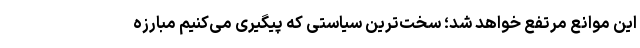
این موانع مرتفع خواهد شد؛ سخت‌ترین سیاستی که پیگیری می‌کنیم مبارزه